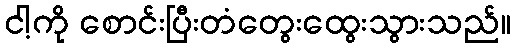
ငါ့ကို စောင်းပြီးတံတွေးထွေးသွားသည်။